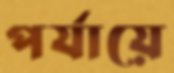
পর্যায়ে